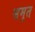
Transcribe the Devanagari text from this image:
समृत